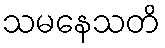
သမနေသတိ